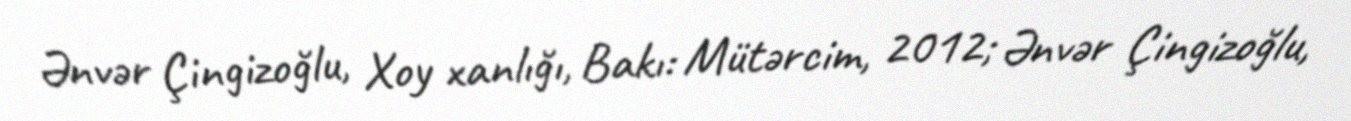
Ənvər Çingizoğlu, Xoy xanlığı, Bakı: Mütərcim, 2012; Ənvər Çingizoğlu,